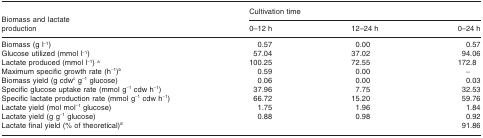
| <ROWSPAN=2> Biomass and lactate production | <COLSPAN=3> Cultivation time |
 | 0–12 h | 12–24 h | 0–24 h |
 | --- | --- | --- | --- |
 | Biomass (g l−1) | 0.57 | 0.00 | 0.57 |
 | Glucose utilized (mmol l−1) | 57.04 | 37.02 | 94.06 |
 | Lactate produced (mmol l−1)a | 100.25 | 72.55 | 172.8 |
 | Maximum specific growth rate (h−1)b | 0.59 | 0.00 | − |
 | Biomass yield (g cdwc g−1 glucose) | 0.06 | 0.00 | 0.03 |
 | Specific glucose uptake rate (mmol g−1 cdw h−1) | 37.96 | 7.75 | 32.53 |
 | Specific lactate production rate (mmol g−1 cdw h−1) | 66.72 | 15.20 | 59.76 |
 | Lactate yield (mol mol−1 glucose) | 1.75 | 1.96 | 1.84 |
 | Lactate yield (g g−1 glucose) | 0.88 | 0.98 | 0.92 |
 | Lactate final yield (% of theoretical)d |  |  | 91.86 |